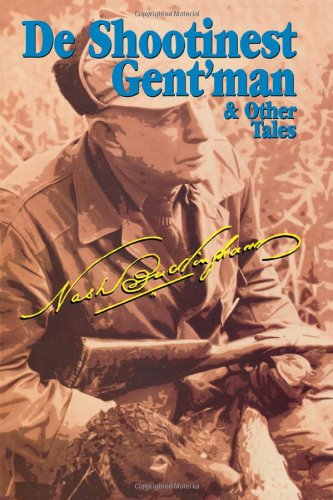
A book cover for De Shootinest Gent'man & Other Tales; Nash Buckingham; Literature & Fiction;